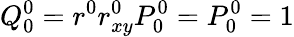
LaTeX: Q_{0}^{0}=r^{0}r_{xy}^{0}P_{0}^{0}=P_{0}^{0}=1